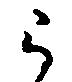
被